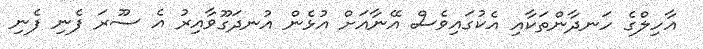
އާހިލްގެ ހަނދާންތަކާއި އެކުގައިވެސް އޭނާއަށް އުޅެން އުނދަގޫވާއިރު އެ ސޫރަ ފެނި ފެނި